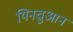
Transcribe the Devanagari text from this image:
यिनचुआन